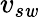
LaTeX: v_{s\mathit{w}}